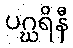
ပဂ္ဃရိနီ